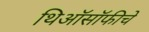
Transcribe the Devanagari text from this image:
थिऑसॉफीचे